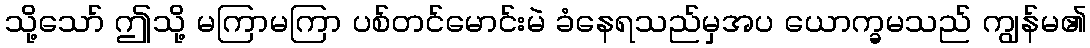
သို့သော် ဤသို့ မကြာမကြာ ပစ်တင်မောင်းမဲ ခံနေရသည်မှအပ ယောက္ခမသည် ကျွန်မ၏